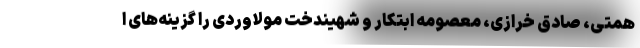
همتی، صادق خرازی، معصومه ابتکار و شهیندخت مولاوردی را گزینه‌های ا